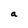
Character: a